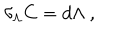
\delta _ { \Lambda } C = d \Lambda \ ,